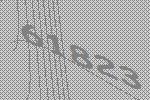
61823